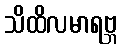
သိထိလမာရဗ္ဘ